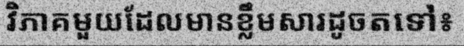
វិភាគមួយដែលមានខ្លឹមសារដូចតទៅ៖